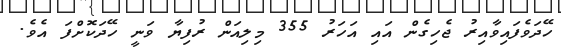
ހޭދަވެފައިވާއިރު ޖެހިގެން އައި އަހަރު 355 މިލިއަން ރުފިޔާ ވަނީ ހޭދަކޮށްފަ އެވެ.